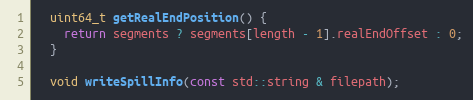
Language: C
  uint64_t getRealEndPosition() {
    return segments ? segments[length - 1].realEndOffset : 0;
  }

  void writeSpillInfo(const std::string & filepath);